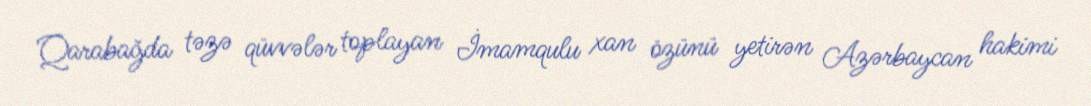
Qarabağda təzə qüvvələr toplayan İmamqulu xan özünü yetirən Azərbaycan hakimi